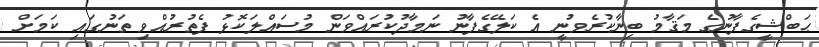
ޙަބްޝީގެފާނުގެ މަޤާމު ބިނާކުރެވުނީ އެ ކަލޭގެފާނު ނަމާދުކުރައްވަން މުސައްލަކޮޅު ފެތުރުއްވި ތަނުގައި ކަމަށް